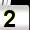
Digit: 2